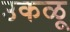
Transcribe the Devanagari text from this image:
उकळू